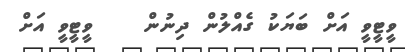
ވީޓީވީ އަށް ބަޔަކު ގެއްލުން ދިނުން    ވީޓީވީ އަށް